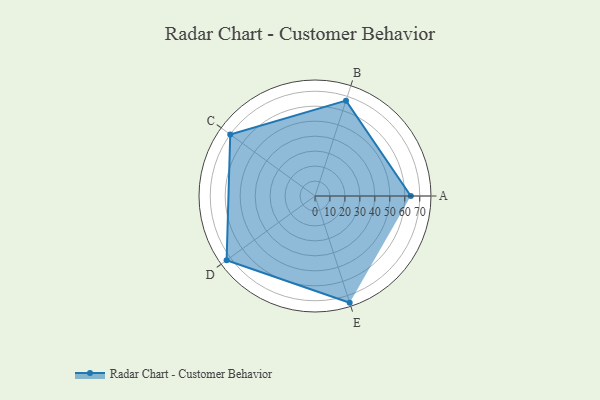
{"axis": {"x": "Skill", "y": "Score"}, "legend": ["Profile"], "data": [{"x": "A", "y": 64.0, "type": "Profile"}, {"x": "B", "y": 67.0, "type": "Profile"}, {"x": "C", "y": 70.0, "type": "Profile"}, {"x": "D", "y": 73.0, "type": "Profile"}, {"x": "E", "y": 75.0, "type": "Profile"}]}